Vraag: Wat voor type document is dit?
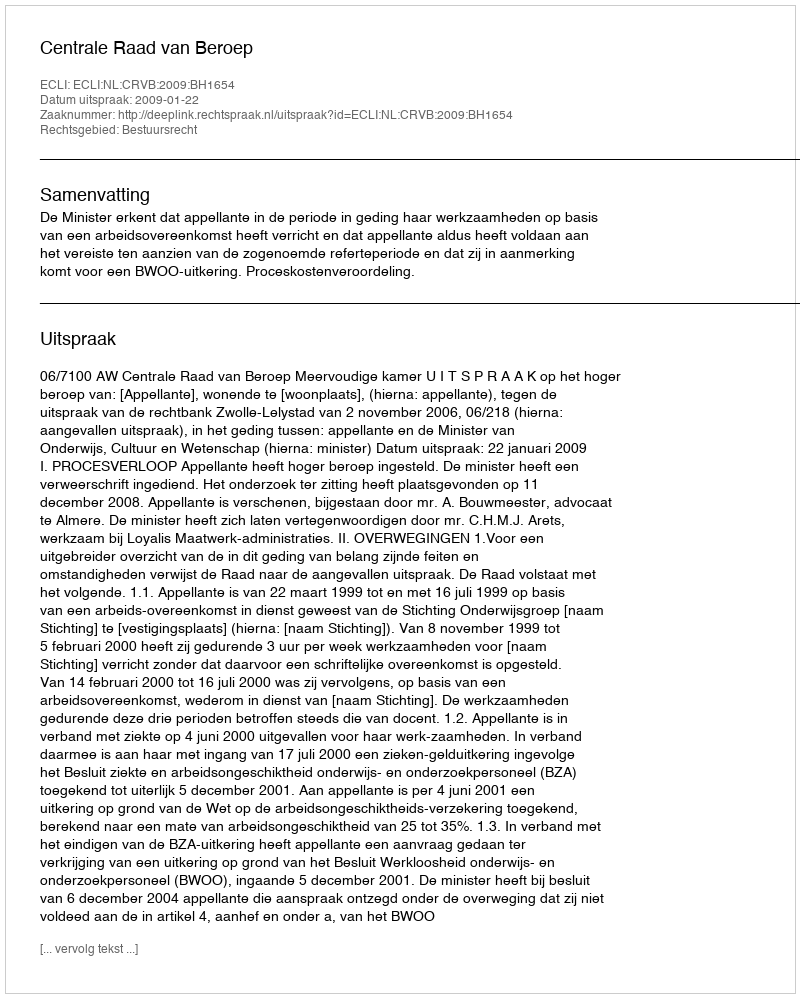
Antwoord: Uitspraak